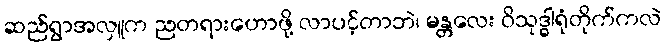
ဆည်ရွာအလှူက ညတရားဟောဖို့ လာပင့်တာဘဲ၊ မန္တလေး ဝိသုဒ္ဓါရုံတိုက်ကလဲ